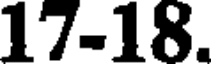
17-18.